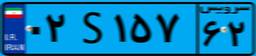
۴۲S۳۹۲۹۰